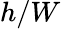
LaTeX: h/W